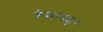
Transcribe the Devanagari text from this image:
केसांमधून